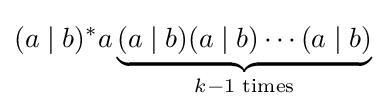
(a\mid b)^{*}a\underbrace {(a\mid b)(a\mid b)\cdots (a\mid b)} _{k-1{\text{ times}}}